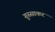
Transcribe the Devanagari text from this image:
गुस्साकर